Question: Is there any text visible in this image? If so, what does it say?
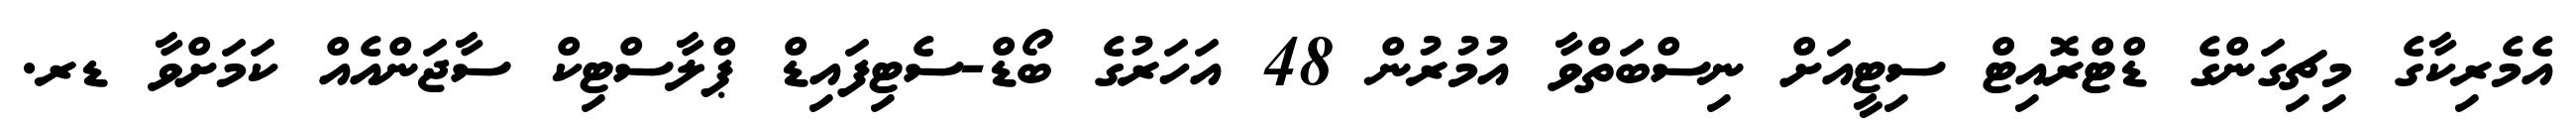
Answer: އެމެރިކާގެ މިޗިގަންގެ ޑްޓްރޮއިޓް ސިޓީއަށް ނިސްބަތްވާ އުމުރުން 48 އަހަރުގެ ބޯޑް-ސެޓިފައިޑް ޕްލާސްޓިކް ސާޖަންއެއް ކަމަށްވާ ޑރ.